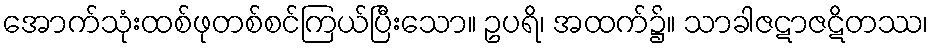
အောက်သုံးထစ်ဖုတစ်စင်ကြယ်ပြီးသော။ ဥပရိ၊ အထက်၌။ သာခါဇဋာဇဋိတဿ၊